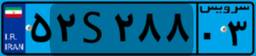
۵۲S۲۸۸۰۳